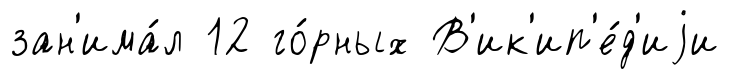
зан'има́л 12 го́рных В'ик'ип'е́д'иjи